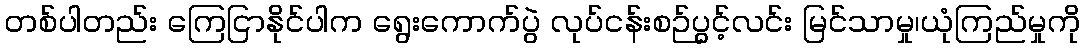
တစ်ပါတည်း ကြေငြာနိုင်ပါက ရွေးကောက်ပွဲ လုပ်ငန်းစဉ်ပွင့်လင်း မြင်သာမှု၊ယုံကြည်မှုကို